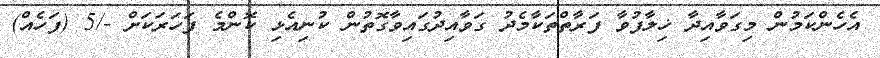
އެހެންކަމުން މިގަވާއިދާ ޚިލާފުވާ ފަރާތްތަކާމެދު ގަވާއިދުގައިވާގޮތުން ކުނިއެޅި ކޮންމެ ފަހަރަކަށް -/5 (ފަހެއް)